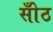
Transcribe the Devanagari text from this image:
सोँठ